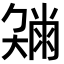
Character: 𡚂